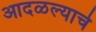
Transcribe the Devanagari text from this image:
आदळल्याचे